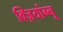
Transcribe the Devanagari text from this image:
क्ज़ियांग्नू